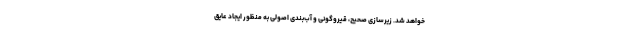
خواهد شد. زیرسازی صحیح، قیروگونی و آب‌بندی اصولی به منظور ایجاد عایق